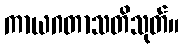
ကာယဂတာသတိသုတ်။